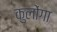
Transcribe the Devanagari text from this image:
कुलोंगा